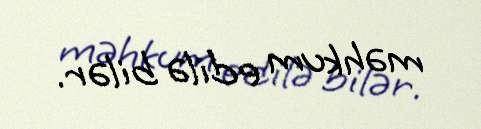
məhkum edilə bilər.